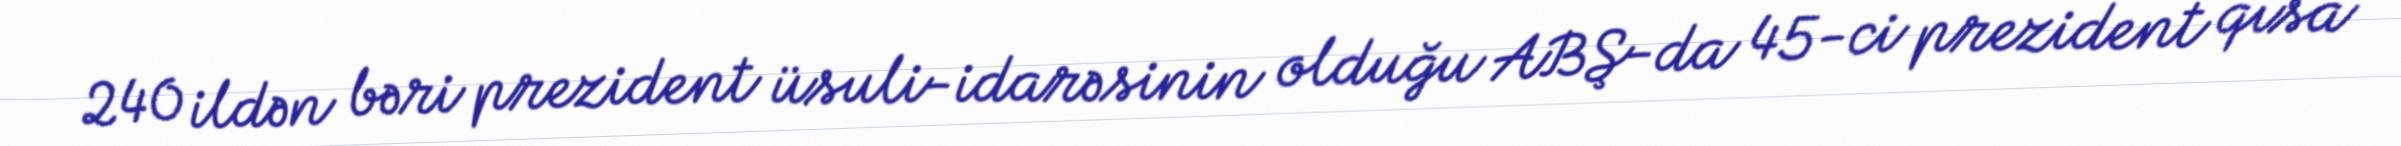
240 ildən bəri prezident üsuli-idarəsinin olduğu ABŞ-da 45-ci prezident qısa